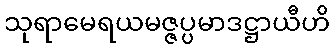
သုရာမေရယမဇ္ဇပ္ပမာဒဋ္ဌာယီဟိ